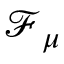
\boldsymbol { \mathcal { F } } _ { \mu }